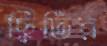
ছ্বিটির